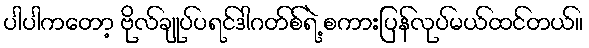
ပါပါကတော့ ဗိုလ်ချုပ်ပရင်ဒါဂတ်စ်ရဲ့ စကားပြန်လုပ်မယ်ထင်တယ်။